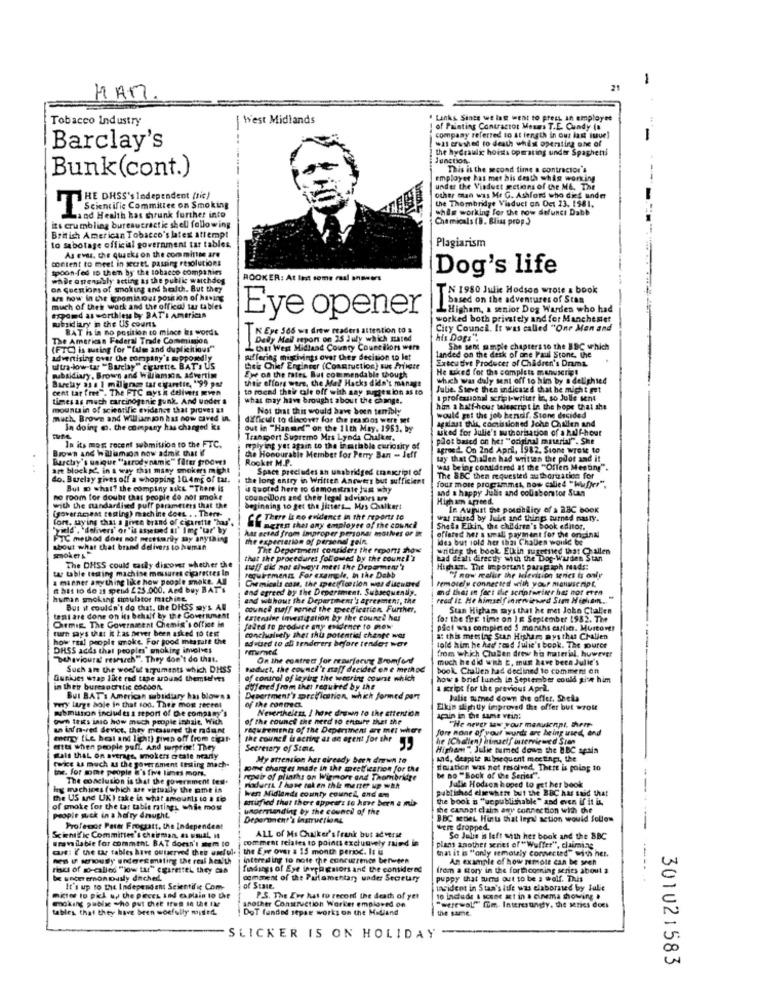
-
21
HAM.
Tobacco Industry
West Midlands
" Lanks. Since we las went to press, an employee
of Painting Contractor Meses T.E. Cundy (%
-Al crushed to death whist operating one of
company referred to at length in our lat itue)
Barclay's
the hydraulic hoists operating under Spaghetti
Junction
Bunk(cont.)
This is the second time a contractor's
employer has met his death whig working
under the Viaduct getions of the ME. The
THE DHSS's Independent (tic)
other man was Mr G. Ashford who dies under
the Thombridge Viaduct on Oct 23. 1981.
Scientific Committee on Smoking
this working for the row defunes Dabb
Land Health has shrunk further into
Chemicals (B. Bliss prop)
its crumbling bureautractie shell following
British American Tobacco's latex attempt
Plagiarism
to sabotage official government tar tables
As evas. the quacks on the committee are
content to meet in secret. passing resolutions
spoon-fed to them by the tobacco companies
Dog's life
while antenstaly acting as the public watchdog
ROOKER: At last some cual answers
on Questions of smoking and health. But they
TN 1980 Julie Hodson wrote a book
are now in the gnominost portion of having
based on the adventures of Stas
much of thet work and the official tar tables
-Higham, a senior Dog Warden who had
expand as worthless by BAT'I Amtricas
subsidiary in the US courts
Eye opener
worked both privately and for Manchester
BAT is in no position to mince les words
KEye SOS we drew raderi attention to
City Council. It was called "One Man and
The American Federal Trade Commission
Dedly Meil report on 25 July which mated
his Dogs".
(FTC) is auting for "(um and duplicitious"
that West Midland County Councilons were
She sent mmpie chapters to the BBC which
advertising over the company's supposedly
suffering miscivings over thes decision to let
Executive Producer of Children's Drama
landed on the desk of one Paul Stone, the
ultra-low tar "Barclay " cruetre BAT'S US
their Chief Engineer (Constuction) sus Private
He takes for the complets manuscript
subsidiary, Brown and W alamsin. advertim
Barclay a1 8 1 milgram tar cigarette, '99 par
Eye on the rates But commendable though
thtie offors were, the Mal Hacks didn't manage
which was daly sent off to him by a delighted
cent tar free". The FTC mys i delivers RYen
to roend their cle off with any suggestion as to
Julie. Steve then indicated that he might get
times as much carcinogenic gunk. And under s
what may have brought about the change.
a professional script-writer in, so Julie sent
mountain of scientific evidence that proves us
Not that this would have boen terribly
him a half-hour talescript in the hope that she
much, Brown and Williamson has now caved in.
difficult to discover for the sea gios were met
would get the job hendf. Stone decided
agalaut this. comissioned Johe Challen and
In doing @o. the company has changed ks
out in "Hanmed" on the 11th May. 1961, by
uked for Julie's authorisation of a half-hour
In its most recent submission to the FTC.
Transport Supremo Mas Lynda Chulker.
plot based on her ""original material"". She
Brown and willumion now adme that !!
molying yet again to the in mariable curiosity of
agreed. On 2nd April, 1982. Sions wrote to
Barchy's unique ""strodynamk" fater grooves
the Honourable Member for Perry Ban - Jeff
Rooker M.P.
tay that Challen had written the poor and it
amt blocksć, in a way that many smokers might
Spact precludes an unabridged transcript of
was being considered at the "Offers Meeting".
do. Burelay gives off a whopping 104mg of tar.
the long entry in Written Answers but sufficient
four more programmet, now calle4 "Wfjer",
The BBC then requested authorization for
But D what? the company sikt "There is
4 quoted here to demonstrate jus why
and a happy Julie and collaborator Stan
no room for doubt that people do not smoke
councilons and the'e legal advisors up
High un Apreed.
with the mandardised puff parameters that the
(yoveracseat costing) machine does . . There-
beginning to get the Jitters_ Mes Chalker!
In August the poudbility of a 28C book
for, saying that a jivte brand of cigarette "has'.
CC There is no evidence in the reports to
wat raised by Julie and thinp turned nasty.
"yield' , 'delivers' or 'is asseted al' Img 'ur' by
hat ected from improper personas mostves or in
BW ngren that any employee of the council
Sheila Elkin, the children's book editor.
FTC method does not mesttarty my anything
The expectation of personal gain
offered her a small payment for the original
ides but iold her that Challen would be
about what that brand delivers to human
The Deperiment considers the reports those
wrideg the book Elkin tugetned that @ allen
that the procedures followed by the counel's
ead dealt directly with the Dog-Warden Stan
tay table testing machise meusares cigarettes In
The DHSS could casiy discover whether the
neff did not always meet the Deparmen's
Higha. The important paragraph mads:
a minner anything like how people smoke. All
requirements For example, in the Debb
Chemicals cose, the specification wos dieutred
remotely connected with your manuscript
"I now reafir the Ilevision senes to only
R hat to do at spend £25.000. Ard buy BAT's
and egreed by the Deperiment. Subsequently.
and that in fect de scriptweiter hat not even
human smoking simulator machine
and without the Department's agreement, the
read it He himselfinrenviewed Sam Higham .. "
But it couldn't do that, the DISS mys Al
couned naff voried the specification Further,
Stan Higham says that he met John Challen
temi are done on its behalf by the Government
Extensive investigation by the counge has
for the fire time on IE September 1982. The
Cirmig. The Government Chemis's office in
turn says that it has never been asked to test
faded to produce any edener to mew
pact was completed 5 months carlin. Murtover
how real people woke For good messale the
conchulsely thet this potential change war
ad .used to al tenderers befare tender war
a: this metsing Stan Hiphar mys that Challen
DHSS adds that peoples" smoking involves
rmumed
told him he had send Julie's book. The source
from which Chalen drew his material, however
"Behavioura' research". They don't do that.
On the contrett for resurfacing Bromfont
much he did with t. mun have been Julie's
Such are the woeful arguments which DHSS
Deduct, the couned't naff decided en e method
book. Challen had declined to comment on
Gunkjes wrap like red tape around themselves
of control of laying the weering courst which
how s brief lunch in September could give him
in thew bureauthetic cocoon.
ayfered from the: required by the
a script for the previous Apr2.
But BAT's American subsidiary has blows a
Draeriment's preFlattion, which formed part
Julis named down the offer. Sheila
mibution includes a report of De company's
very luge hole in that sod. Ther mor reeret
of the conmed.
Nevertheless, I have drawn to the attention
Elkin sattly improved the offer but wrolt
own texts into how much people inhale, With
of the counet the need to entire that the
"He never saw your manuicnnt. them
un infrared device, they measured the ndant
requirement of the Department at met where
fore none of your words are being used, end
mergy (Le het and light) pimp off from cigar
the counc! is acting as an agent for ahr
he (Challen) himself interviewed Sran
etts when people puff. And surprise! They
Secretary of Sine.
Higham " Julie bumed down the BBC apais
salt that on average, smokers otale hearty
My attention har already been down to
and, despite mitsequent meetings, the
twice as much as the government testing mach-
the. for some people @'s frve limes mon.
some changes made in the meetfication for the
dauation was not resolved. There is going 10
The conclusion is that the government test.
repair of plinths on Wirmore and Thombridge
be no "Bock of the Series".
ing machines (which are vetusly the omt is
riadurra I have taken thie mener up with
Wen Midlands county council, and an
published elsewhere but the BBC has said that
Julie Hodson hoped to get her book
the US and UKI take in what amounts io I to
mified that there appears to kne been a mis
the book B "unpublishable" and even if it is.
of smoke for the tar table ratings while mos
ungerending by the council of the
the cannot claiin any connection with the
people suck in a hairy drought
Depernacht's instructions
BBC seDeL Hints that legal action would follow
Professor Peter Frogsatt, the Independent
were dropped.
-----
Eravailable for comment BAT doen't mem to
Scientific Committee's chairman, as usual, it
comment relates to points exclunvely sind in
ALL of Mi Chwalker's frank but adverse
Se Julie is left with her book and the BBC
caus: { the car tables have outserved then useful.
the Eye over a 15 month period. It u
plans another series of "Wuffer", claiming
that it is "only remouly connected" with her.
nen u soudy undweg miting the real health
interesting to note the concurrence between
An example of how remote can be seen
rics of so-called "jow tur"carettel they can
findings of Eye invei gsiors and the considered
from a story in the forthcoming series about a
be unceremoniously dached.
comment of the Putamentan under Storury
puppy that turns out to be s wolf. This
It's up to the Independent Scientific Com-
of State.
incident in Stan's life was elaborated by lalie
making public -ho put chet Itus in the ta
motor to pick up the pieces Ind explain to the
another Construction Worker emploved on
P.S. The Eye hat to record the death of yet
to include & scene act in a cinema showing .
tables, that they have been woefully myused.
DoT funded separ works on the Midland
"werewol."" fim. Interesungy. the seines does
the same
SLICKER IS ON HOLIDAY
301021583